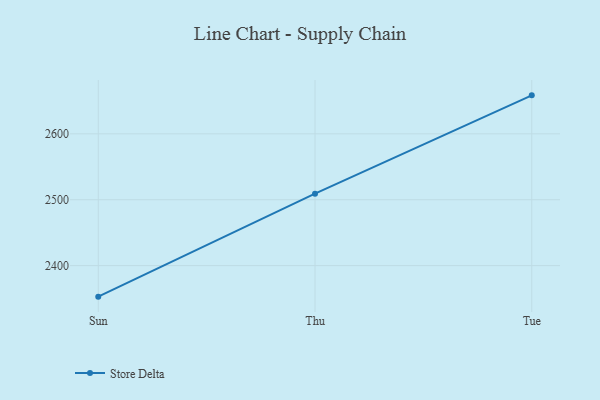
{"axis": {"x": "Day", "y": "Operating Costs (USD K)"}, "legend": ["Store Delta"], "data": [{"x": "Sun", "y": 2352.9, "type": "Store Delta"}, {"x": "Thu", "y": 2509.2, "type": "Store Delta"}, {"x": "Tue", "y": 2658.4, "type": "Store Delta"}]}